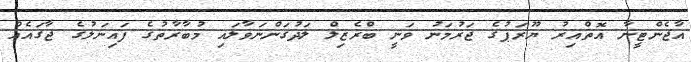
އާޖެންޓީނާ އޮތްއިރު ޔޫރަޕުގެ ޖަރުމަނު ވަނީ ބްރެޒިލް ލަދުގަންނަވާލައި މުބާރާތުގެ ފައިނަލުގެ ޖާގައެއް